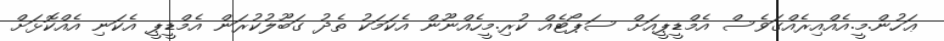
ޢަހުން.މީ.އެއްއިރެއްގަވެސް އެމްޑީޕީއަށް ސަޕޯޓެއް ކުރި.މީހެއްނޫން އެކަމަކު ތެދު ގަބޫލުކުރަން އެމްޑީޕީ އެކަނި އެއްކޮޅަށް